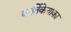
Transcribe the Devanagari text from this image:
कर्तिकेयाका